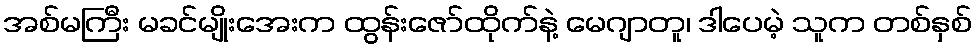
အစ်မကြီး မခင်မျိုးအေးက ထွန်းဇော်ထိုက်နဲ့ မေဂျာတူ၊ ဒါပေမဲ့ သူက တစ်နှစ်